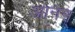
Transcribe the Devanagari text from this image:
आनन्